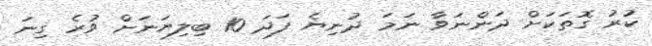
ކުރު ގޮތަކަށް ދަންނަވާ ނަމަ ދުނިޔެ ފަދަ 10 ބިލިޔަނަށް ވުރެ ގިނަ